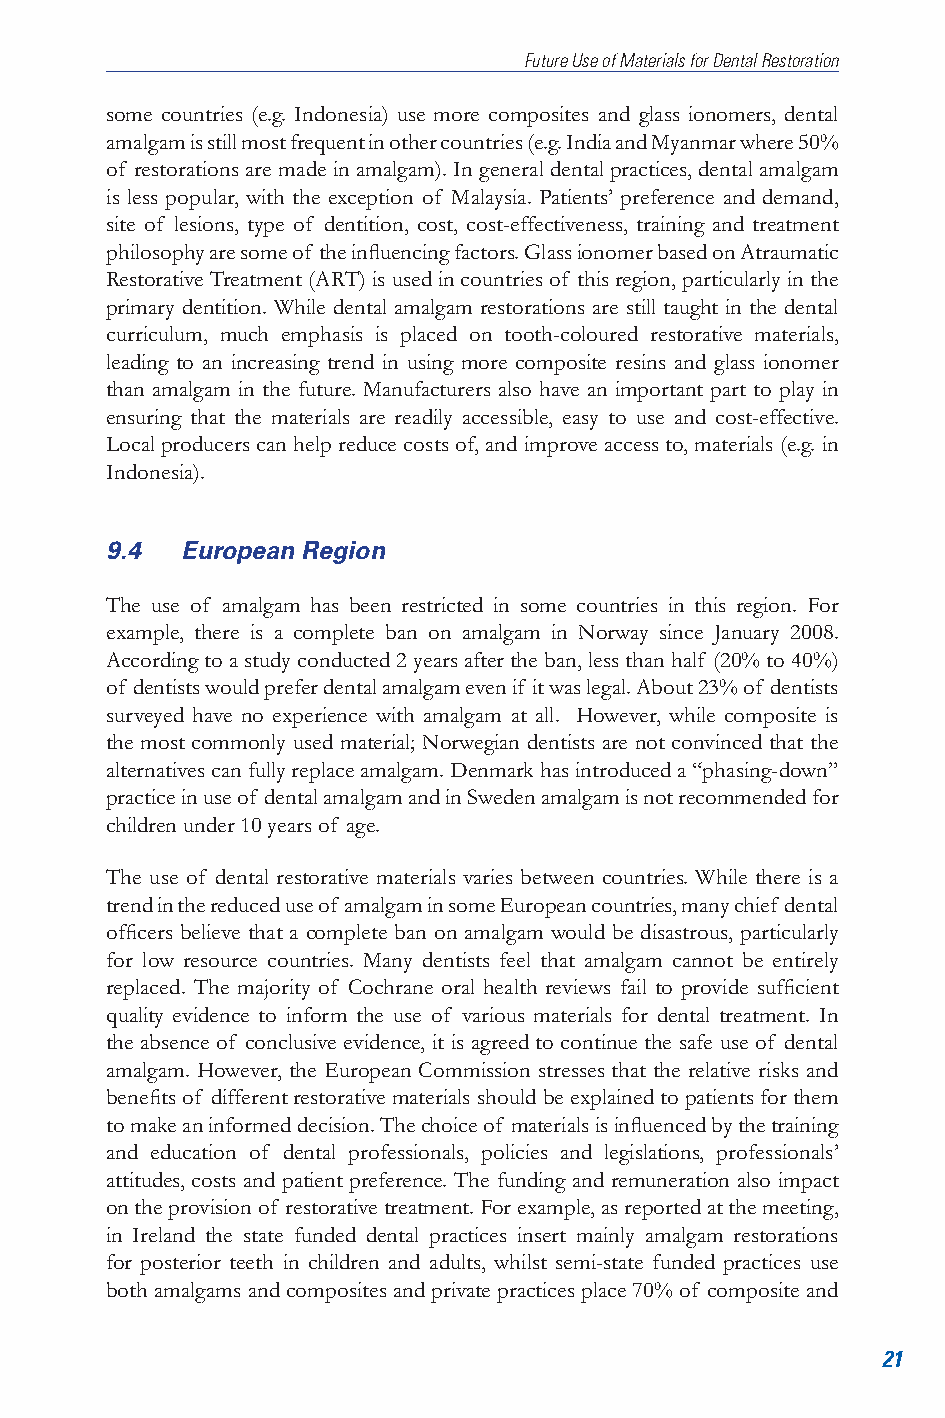
Future Use of Materials for Dental Restoration
 some countries (e.g. Indonesia) use more composites and glass ionomers, dental
 amalgam is still most frequent in other countries (e.g. India and Myanmar where 50%
 of restorations are made in amalgam). In general dental practices, dental amalgam
 is less popular, with the exception of Malaysia. Patients’ preference and demand,
 site of lesions, type of dentition, cost, cost-effectiveness, training and treatment
 philosophy are some of the influencing factors. Glass ionomer based on Atraumatic
 Restorative Treatment (ART) is used in countries of this region, particularly in the
 primary dentition. While dental amalgam restorations are still taught in the dental
 curriculum, much emphasis is placed on tooth-coloured restorative materials,
 leading to an increasing trend in using more composite resins and glass ionomer
 than amalgam in the future. Manufacturers also have an important part to play in
 ensuring that the materials are readily accessible, easy to use and cost-effective.
 Local producers can help reduce costs of, and improve access to, materials (e.g. in
 Indonesia).
 9.4  European Region
 The use of amalgam has been restricted in some countries in this region. For
 example, there is a complete ban on amalgam in Norway since January 2008.
 According to a study conducted 2 years after the ban, less than half (20% to 40%)
 of dentists would prefer dental amalgam even if it was legal. About 23% of dentists
 surveyed have no experience with amalgam at all. However, while composite is
 the most commonly used material; Norwegian dentists are not convinced that the
 alternatives can fully replace amalgam. Denmark has introduced a “phasing-down”
 practice in use of dental amalgam and in Sweden amalgam is not recommended for
 children under 10 years of age.
 The use of dental restorative materials varies between countries. While there is a
 trend in the reduced use of amalgam in some European countries, many chief dental
 officers believe that a complete ban on amalgam would be disastrous, particularly
 for low resource countries. Many dentists feel that amalgam cannot be entirely
 replaced. The majority of Cochrane oral health reviews fail to provide sufficient
 quality evidence to inform the use of various materials for dental treatment. In
 the absence of conclusive evidence, it is agreed to continue the safe use of dental
 amalgam. However, the European Commission stresses that the relative risks and
 benefits of different restorative materials should be explained to patients for them
 to make an informed decision. The choice of materials is influenced by the training
 and education of dental professionals, policies and legislations, professionals’
 attitudes, costs and patient preference. The funding and remuneration also impact
 on the provision of restorative treatment. For example, as reported at the meeting,
 in Ireland the state funded dental practices insert mainly amalgam restorations
 for posterior teeth in children and adults, whilst semi-state funded practices use
 both amalgams and composites and private practices place 70% of composite and
 21